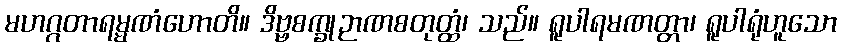
မဟဂ္ဂတာရမ္မဏံဟောတိ။ ဒိဗ္ဗစက္ခုဉာဏစတုတ္ထံ၊ သည်။ ရူပါရမဏတ္တာ၊ ရူပါရုံဟူသော